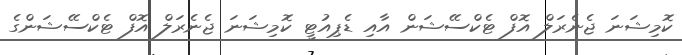
ކޮމިޝަނަ ޖެނެރަލް އޮފް ޓެކްސޭޝަން އާއި ޑެޕިއުޓީ ކޮމިޝަނަ ޖެނެރަލް އޮފް ޓެކްސޭޝަންގެ